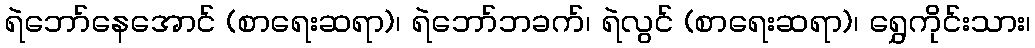
ရဲဘော်နေအောင် (စာရေးဆရာ)၊ ရဲဘော်ဘခက်၊ ရဲလွင် (စာရေးဆရာ)၊ ရွှေကိုင်းသား၊